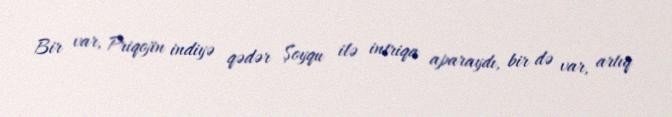
Bir var, Priqojin indiyə qədər Şoyqu ilə intriqa aparaydı, bir də var, artıq